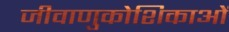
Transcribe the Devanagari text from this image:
जीवाणुकोशिकाओं